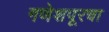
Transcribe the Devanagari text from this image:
गणेशपूरचा